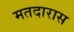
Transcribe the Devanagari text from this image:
मतदारास